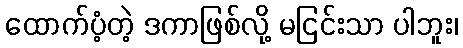
ထောက်ပံ့တဲ့ ဒကာဖြစ်လို့ မငြင်းသာ ပါဘူး၊